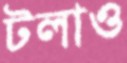
টলাও